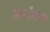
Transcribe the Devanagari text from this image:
अकॉनला